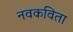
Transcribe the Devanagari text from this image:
नवकविता